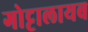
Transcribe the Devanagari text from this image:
गोट्टालायब